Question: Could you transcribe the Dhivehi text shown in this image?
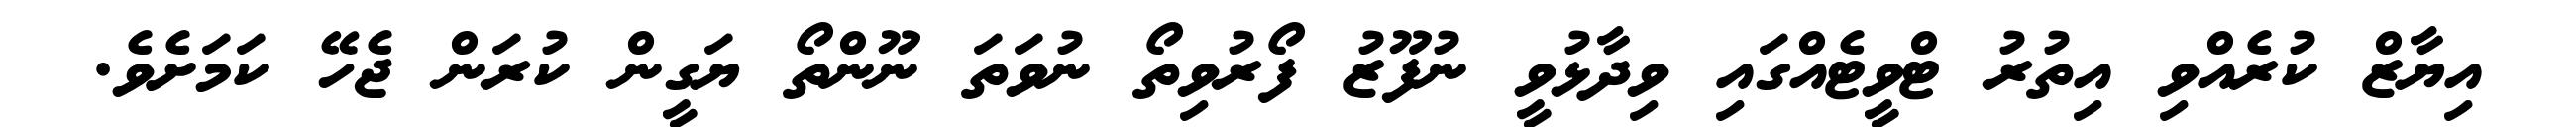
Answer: އިޔާޒް ކުރެއްވި އިތުރު ޓްވީޓެއްގައި ވިދާޅުވީ ނުފޫޒު ފޯރުވިތޯ ނުވަތަ ނޫންތޯ ޔަގީން ކުރަން ޖެހޭ ކަމަށެވެ.